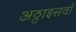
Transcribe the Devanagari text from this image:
अठ्ठाइसवाँ